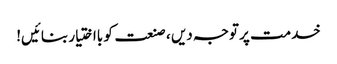
خدمت پر توجہ دیں ، صنعت کو بااختیار بنائیں!